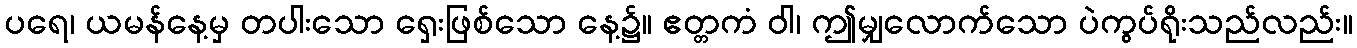
ပရေ၊ ယမန်နေ့မှ တပါးသော ရှေးဖြစ်သော နေ့၌။ ဧတ္တကံ ဝါ၊ ဤမျှလောက်သော ပဲကွပ်ရိုးသည်လည်း။